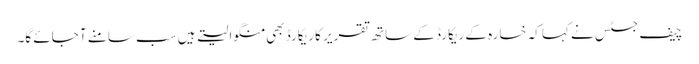
چیف جسٹس نے کہا کہ خسارہ کے ریکارڈ کے ساتھ تقریر کا ریکارڈ بھی منگوا لیتے ہیں سب سامنے آ جائے گا۔